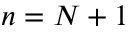
n = N + 1